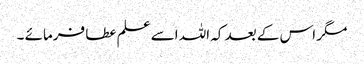
مگر اس کے بعد کہ اللہ اسے علم عطا فرمائے ۔